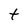
Character: t